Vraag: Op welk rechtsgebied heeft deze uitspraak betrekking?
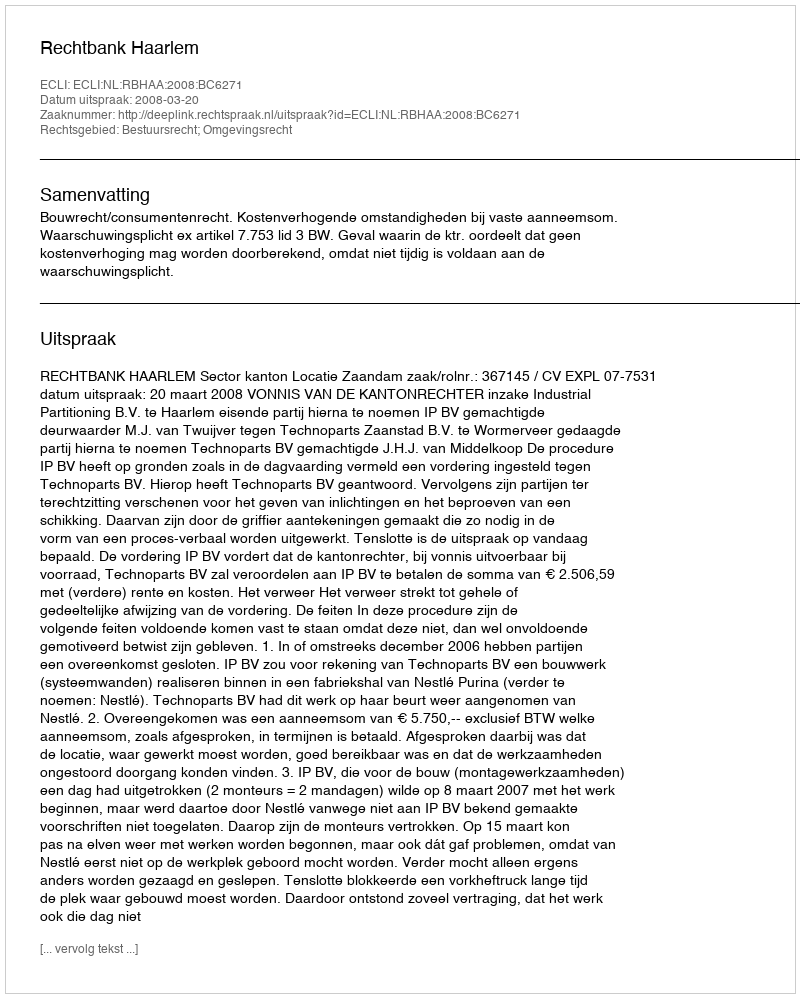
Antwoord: Bestuursrecht; Omgevingsrecht